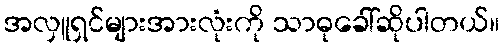
အလှူရှင်များအားလုံးကို သာဓုခေါ်ဆိုပါတယ်။